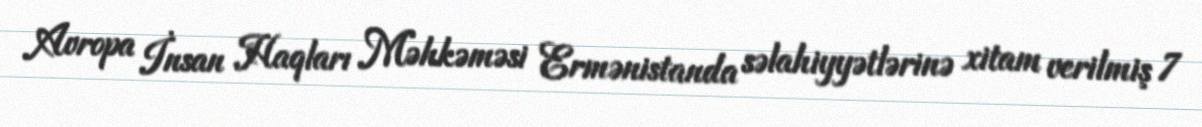
Avropa İnsan Haqları Məhkəməsi Ermənistanda səlahiyyətlərinə xitam verilmiş 7